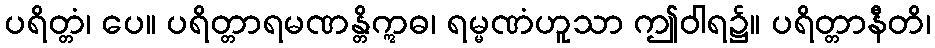
ပရိတ္တံ၊ ပေ။ ပရိတ္တာရမဏန္တိဣဓ၊ ရမ္မဏံဟူသာ ဤဝါရ၌။ ပရိတ္တာနီတိ၊